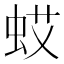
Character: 𱿠